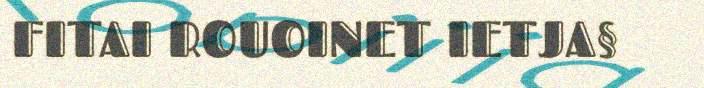
FITAI ROUOINET IETJA§